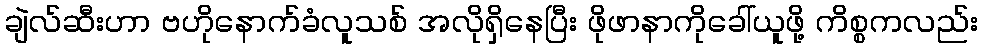
ချဲလ်ဆီးဟာ ဗဟိုနောက်ခံလူသစ် အလိုရှိနေပြီး ဖိုဖာနာကိုခေါ်ယူဖို့ ကိစ္စကလည်း